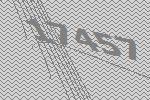
17457